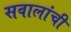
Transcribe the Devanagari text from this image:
सवालांची